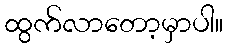
ထွက်လာတော့မှာပါ။